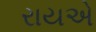
રાયએ